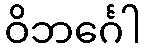
ဝိဘင်္ဂေါ